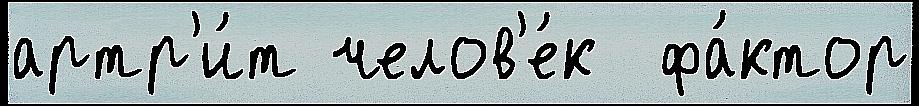
артр'и́т челов'е́к  фа́ктор